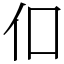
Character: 㐰